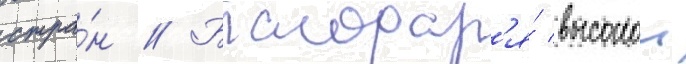
стра́н // Благодар'я́ высокои